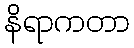
နိရာကတာ